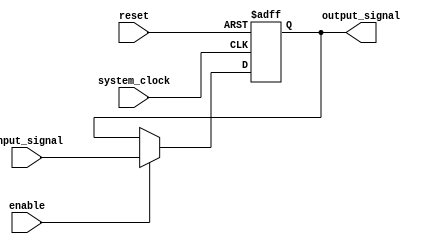
module timing_control_sync (
    input wire input_signal,
    input wire system_clock,
    input wire reset,
    input wire enable,
    output reg output_signal
);

reg internal_signal;

always @(posedge system_clock or posedge reset) begin
    if (reset) begin
        internal_signal <= 1'b0;
    end else if (enable) begin
        internal_signal <= input_signal;
    end
end

assign output_signal = internal_signal;

endmodule